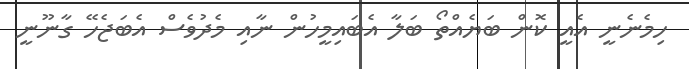
ހިމެނެނީ އެއީ ކޮން ބަޔެއްތޯ ބަލާ އެބައިމީހުން ނާއި މެދުވެސް އެބަޖެހޭ ގާނޫނީ